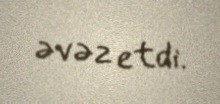
əvəz etdi.